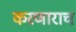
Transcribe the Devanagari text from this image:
करणाराच